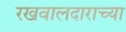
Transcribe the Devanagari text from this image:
रखवालदाराच्या